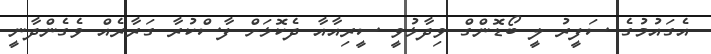
އެގައުމުގެ ސަފީރު ލީ ބޯޑޮންގް ވިދާޅުވީ ސީރިއާއާ ދެކޮޅަށް ފާސްކުރާ ގަރާރެއް ވެގެންދާނީ